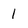
Character: 1